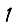
Digit: 1